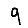
Digit: 9